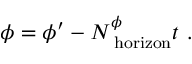
\phi = \phi ^ { \prime } - N _ { \mathrm { \tiny ~ h o r i z o n } } ^ { \phi } t \ .